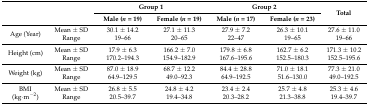
<table><thead><tr><td rowspan="2" colspan="2"></td><td colspan="2"><b>Group 1</b></td><td colspan="2"><b>Group 2</b></td><td rowspan="2"><b>Total</b></td></tr><tr><td><b>Male (<i>n</i> = 19)</b></td><td><b>Female (<i>n</i> = 19)</b></td><td><b>Male (<i>n</i> = 17)</b></td><td><b>Female (<i>n</i> = 23)</b></td></tr></thead><tbody><tr><td rowspan="2">Age (Year)</td><td>Mean ± SD</td><td>30.1 ± 14.2</td><td>27.1 ± 11.3</td><td>27.9 ± 7.2</td><td>26.3 ± 10.1</td><td>27.6 ± 11.0</td></tr><tr><td>Range</td><td>19–66</td><td>20–65</td><td>22–47</td><td>19–65</td><td>19–66</td></tr><tr><td rowspan="2">Height (cm)</td><td>Mean ± SD</td><td>17.9 ± 6.3</td><td>166.2 ± 7.0</td><td>179.8 ± 6.8</td><td>162.7 ± 6.2</td><td>171.3 ± 10.2</td></tr><tr><td>Range</td><td>170.2–194.3</td><td>154.9–182.9</td><td>167.6–195.6</td><td>152.5–180.3</td><td>152.5–195.6</td></tr><tr><td rowspan="2">Weight (kg)</td><td>Mean ± SD</td><td>87.0 ± 18.9</td><td>68.7 ± 12.2</td><td>84.4 ± 28.8</td><td>71.0 ± 18.1</td><td>77.3 ± 21.0</td></tr><tr><td>Range</td><td>64.9–129.5</td><td>49.0–92.3</td><td>64.9–192.5</td><td>51.6–130.0</td><td>49.0–192.5</td></tr><tr><td rowspan="2">BMI (kg∙m<sup>−2</sup>)</td><td>Mean ± SD</td><td>26.8 ± 5.5</td><td>24.8 ± 4.2</td><td>23.4 ± 2.4</td><td>25.7 ± 4.8</td><td>25.3 ± 4.6</td></tr><tr><td>Range</td><td>20.5–39.7</td><td>19.4–34.8</td><td>20.3–28.2</td><td>21.3–38.8</td><td>19.4–39.7</td></tr></tbody></table>